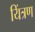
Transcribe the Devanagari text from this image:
यिंत्रण